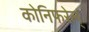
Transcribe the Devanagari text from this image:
कोनिफरेल्